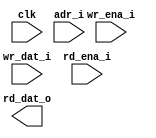
module ram_sp_256x32 (
  // global
  clk         ,
  // address
  adr_i       ,
  // write
  wr_ena_i    ,
  wr_dat_i    ,
  // read
  rd_ena_i    ,
  rd_dat_o
);

//*** PARAMETER ****************************************************************


//*** INPUT/OUTPUT *************************************************************

  // global
  input               clk         ;
  // address
  input  [8 -1 :0]    adr_i       ;
  // write
  input               wr_ena_i    ;
  input  [32-1 :0]    wr_dat_i    ;
  // read
  input               rd_ena_i    ;
  output [32-1 :0]    rd_dat_o    ;


//*** WIRE/REG *****************************************************************


//*** MAIN BODY ****************************************************************

`ifdef RTL_MODEL

  sram_sp_be_behave #(
    .ADR_WD    ( 8           ),
    .DAT_WD    ( 32          ),
    .COL_WD    ( 32          )
  ) sram_sp_be_behave(
    .clk       ( clk         ),
    .adr       ( adr_i       ),
    .wr_ena    ( wr_ena_i    ),
    .wr_dat    ( wr_dat_i    ),
    .rd_ena    ( rd_ena_i    ),
    .rd_dat    ( rd_dat_o    )
    );

`endif

`ifdef XM_MODEL 

  wire cen_w    = !(wr_ena_i || rd_ena_i) ;
  wire wr_ena_w = !wr_ena_i ;

  rfsphd_256x32 u_rfsphd_256x32(
      .Q       ( rd_dat_o     ), // output data 
      .CLK     ( clk          ), // clk 
      .CEN     ( cen_w        ), // low active 
      .WEN     ( wr_ena_w     ), // low active 
      .A       ( adr_i        ), // address 
      .D       ( wr_dat_i     ), // input data 
      .EMA     ( 3'b1 ),  
      .EMAW    ( 2'b0 ),
      .RET1N   ( 1'b1 ) 
        );
`endif

endmodule